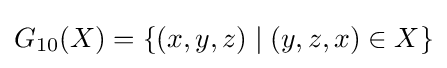
G_{10}(X)=\{(x,y,z)\mid (y,z,x)\in X\}